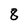
Character: 8